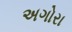
અગોરા